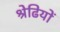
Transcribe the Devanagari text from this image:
श्रेढियों